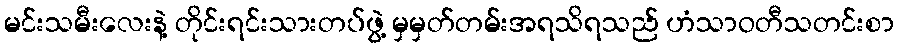
မင်းသမီးလေးနဲ့ တိုင်းရင်းသားတပ်ဖွဲ့ မှမှတ်တမ်းအရသိရသည် ဟံသာဝတီသတင်းစာ